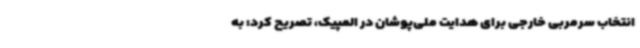
انتخاب سرمربی خارجی برای هدایت ملی‌پوشان در المپیک، تصریح کرد: به